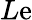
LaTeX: L\mathrm{e}